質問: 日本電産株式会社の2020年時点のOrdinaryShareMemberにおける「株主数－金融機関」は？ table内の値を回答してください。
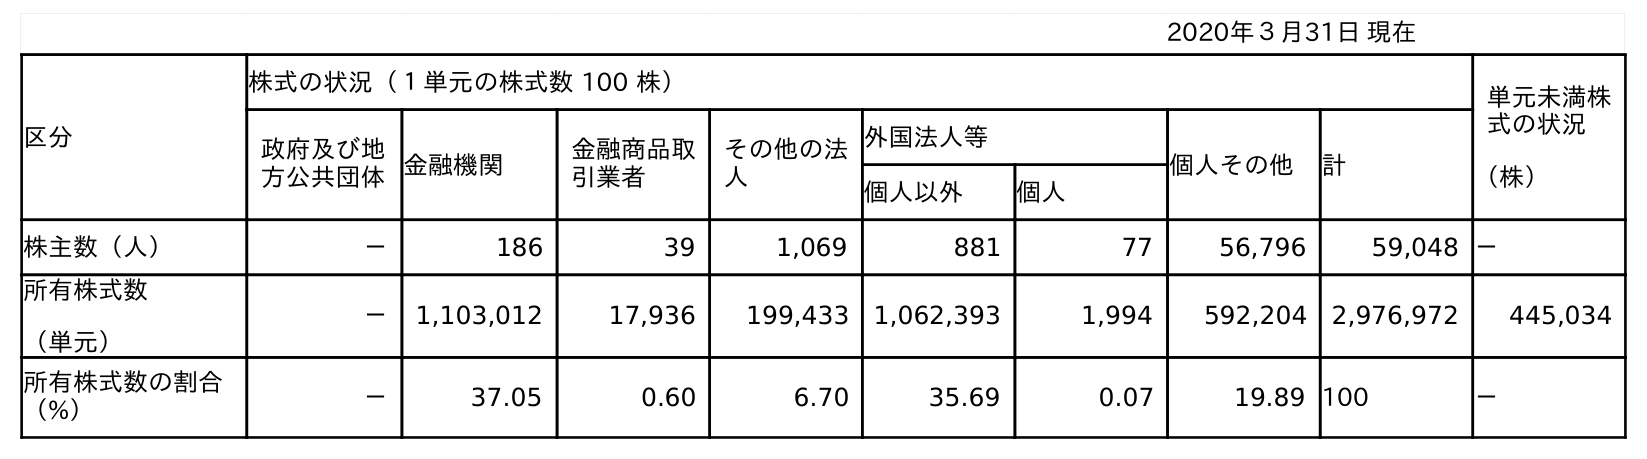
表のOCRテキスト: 2020年３月31日 現在 区分 株式の状況（１単元の株式数 100 株） 単元未満株 式の状況 （株） 政府及び地 方公共団体金融機関 金融商品取 引業者 その他の法 人 外国法人等 個人その他 計 個人以外 個人 株主数（人） － 186 39 1,069 881 77 56,796 59,048 － 所有株式数 （単元） － 1,103,012 17,936 199,433 1,062,393 1,994 592,204 2,976,972 445,034 所有株式数の割合 （%） － 37.05 0.60 6.70 35.69 0.07 19.89 100 －
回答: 186